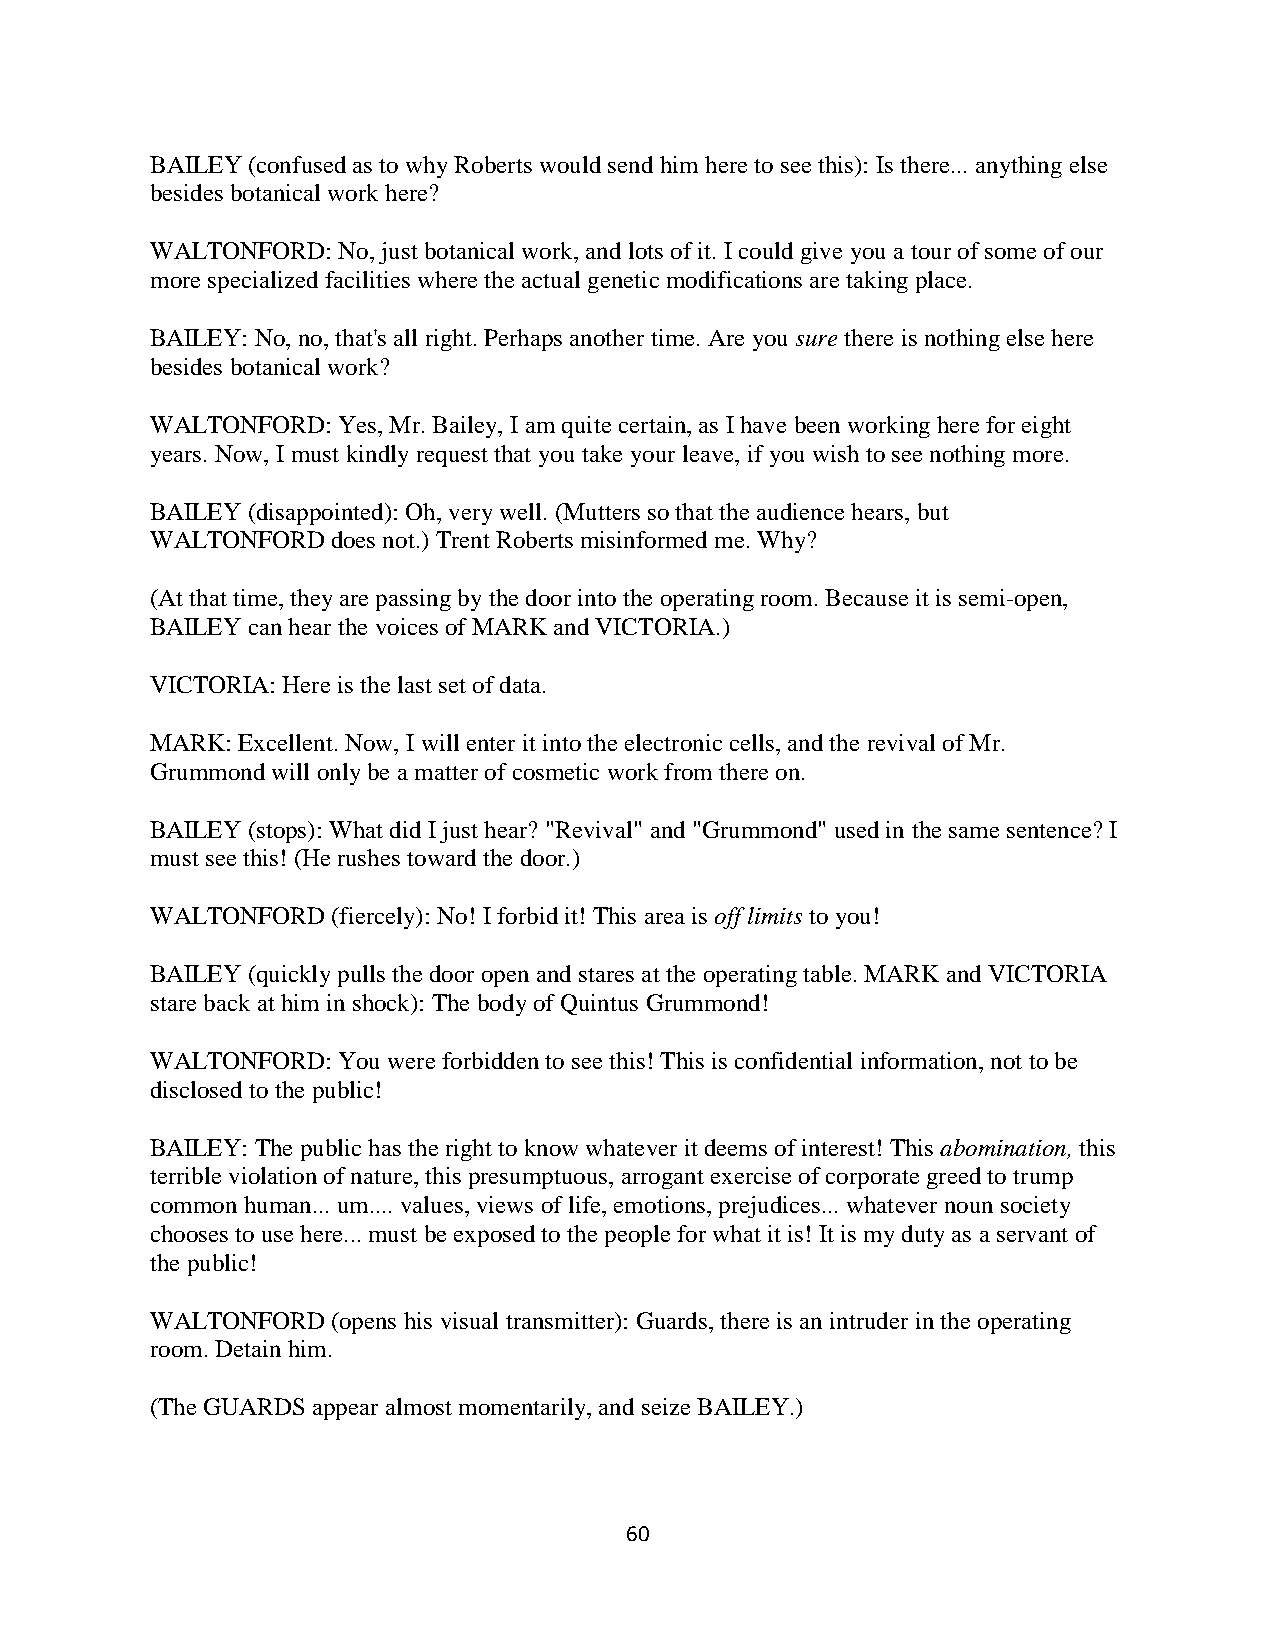
BAILEY (confused as to why Roberts would send him here to see this): Is there... anything else
 besides botanical work here?
 WALTONFORD: No, just botanical work, and lots of it. I could give you a tour of some of our
 more specialized facilities where the actual genetic modifications are taking place.
 BAILEY: No, no, that's all right. Perhaps another time. Are you sure there is nothing else here
 besides botanical work?
 WALTONFORD: Yes, Mr. Bailey, I am quite certain, as I have been working here for eight
 years. Now, I must kindly request that you take your leave, if you wish to see nothing more.
 BAILEY (disappointed): Oh, very well. (Mutters so that the audience hears, but
 WALTONFORD  does not.) Trent Roberts misinformed me. Why?
 (At that time, they are passing by the door into the operating room. Because it is semi-open,
 BAILEY can hear the voices of MARK and VICTORIA.)
 VICTORIA: Here is the last set of data.
 MARK: Excellent. Now, I will enter it into the electronic cells, and the revival of Mr.
 Grummond will only be a matter of cosmetic work from there on.
 BAILEY (stops): What did I just hear? "Revival" and "Grummond" used in the same sentence? I
 must see this! (He rushes toward the door.)
 WALTONFORD  (fiercely): No! I forbid it! This area is off limits to you!
 BAILEY (quickly pulls the door open and stares at the operating table. MARK and VICTORIA
 stare back at him in shock): The body of Quintus Grummond!
 WALTONFORD: You were forbidden to see this! This is confidential information, not to be
 disclosed to the public!
 BAILEY: The public has the right to know whatever it deems of interest! This abomination, this
 terrible violation of nature, this presumptuous, arrogant exercise of corporate greed to trump
 common human... um.... values, views of life, emotions, prejudices... whatever noun society
 chooses to use here... must be exposed to the people for what it is! It is my duty as a servant of
 the public!
 WALTONFORD  (opens his visual transmitter): Guards, there is an intruder in the operating
 room. Detain him.
 (The GUARDS appear almost momentarily, and seize BAILEY.)
 60